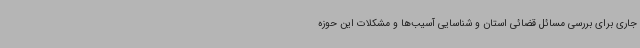
جاری برای بررسی مسائل قضائی استان و شناسایی آسیب‌ها و مشکلات این حوزه